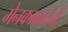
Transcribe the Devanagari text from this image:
मेनकाबाईंनी